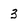
Character: 3